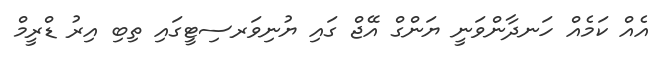
އެއް ކަމެއް ހަނދާންވަނީ ޔަންގް އޭޖް ގައި ޔުނިވަރސިޓީގައި ތިބި އިރު ޑްރީމް